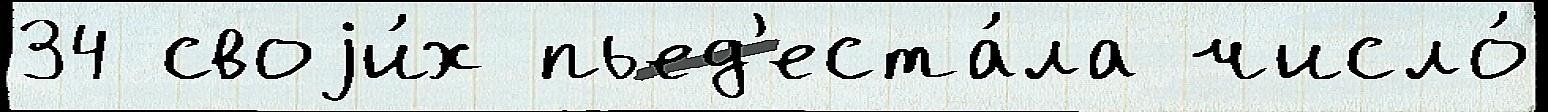
34 своjи́х пьед'еста́ла число́